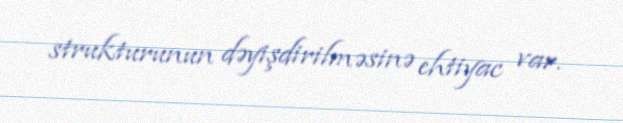
strukturunun dəyişdirilməsinə ehtiyac var.